Annual statistical returns and brief notes on vaccination in Bengal - 1896-1909
Year: 1896
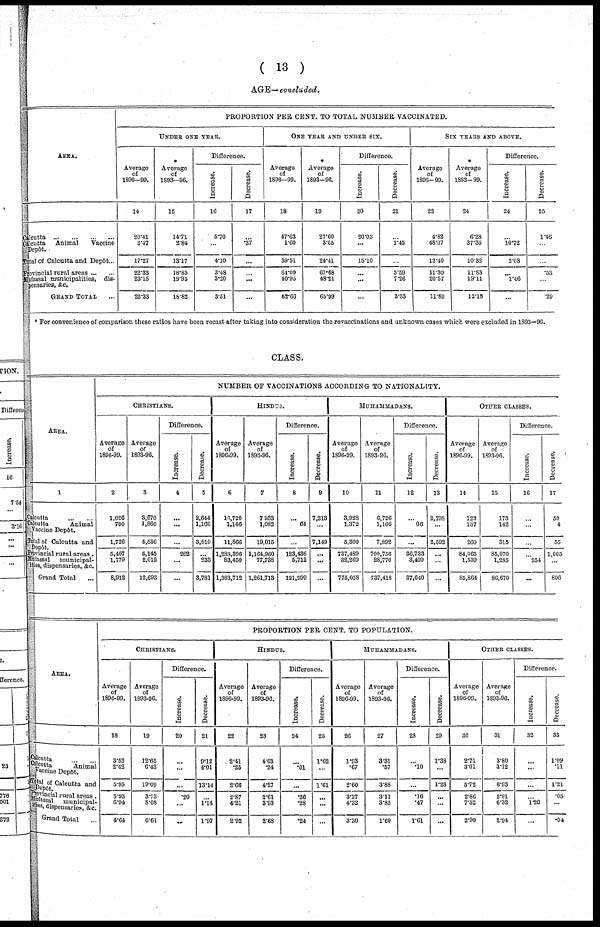
(13 )
AGE—concluded.
AREA.
... ...
Calcutta ... ... ... ... ... ...
Calcutta Animal
Vaccine
Depôt. ... ...
Total of Calcutta and Depôt...
Provincial rural areas
Mufassal municipalities, dis-
pensaries, &c.
GRAND TOTAL...
PROPORTION PER CENT. TO TOTAL NUMBER VACCINATED.
UNDER ONE YEAR.
Average
of
1896-99.
14
20.41
2.47
17.27
22.33
23.15
22.33
Average
of
1893-96.
15
14.71
2.84
13.17
18.85
19.95
18.82
Difference.
Increase.
16
5.70
...
4.10
3.48
3.20
3.51
Decrease.
17
...
.37
...
...
...
...
ONE YEAR AND UNDER SIX.
Average
of
1896-99.
18
47.63
1.60
39.51
64.09
40.95
62.60
Average
of
1893-96.
19
27.60
3.05
24.41
67.68
48.21
65.99
Difference.
Increase.
20
20.03
...
15.10
...
...
...
Decrease.
21
...
1.45
...
3.59
7.26
3.33
SIX YEARS AND ABOVE.
Average
of
1896-99.
22
4.82
48.07
12.40
11.30
20.57
11.89
Average
of
1893-99.
24
6.28
37.35
10.32
11.83
19.11
12.18
Difference.
Increase.
24
...
10.72
2.08
...
1.46
...
Decrease.
25
1.46
...
...
.53
...
.29
* For convenience of comparison these ratios have been recast after taking into consideration the revaccinations and unknown cases which were excluded in 1893—96.
CLASS.
AREA.
1
lcutta...
...
...
lcutta
Animal
Vaccine Depôt.
tal of Calcutta and
Depôt... ...
pvincial rural areas.
fassal
municipal-
ies, dispensaries, &c.
Grand Total
NUMBER OF VACCINATIONS ACCORDING TO NATIONALITY.
CHRISTIANS.
Average
of
1896-99.
2
1,026
700
1,726
5,407
1,779
8,912
Average
of
1893-96.
3
3,670
1,866
5,536
5,145
2,012
12,693
Difference.
Increase.
4
...
...
...
262
...
...
Decrease.
5
2,644
1,166
3,810
...
233
3,781
HINDUS.
Average
of
1896-99.
6
10,720
1,146
11,866
1,288,396
83,450
1,383,712
Average
of
1893-96.
7
7,933
1,082
19,015
1,164,960
77,738
1,261,713
Difference.
Increase.
8
...
64
...
123,436
5,712
121,999
Decrease.
9
7,213
...
7,149
...
...
...
MUHAMMADANS.
Average
of
1896-99.
10
3,928
1,372
5,300
737,489
32,269
775,058
Average
of
1893-96.
11
6,726
1,166
7,892
700,756
28,770
737,418
Difference.
Increase.
12
...
06
...
36,733
3,499
37,640
Decrease.
13
2,798
...
2,592
...
...
...
OTHER CLASSES.
Average
of
1896-99.
14
123
137
260
84,065
1,539
85,864
Average
of
1893-96.
15
173
142
315
85,070
1,235
86,670
Difference.
Increase.
16
...
...
...
...
254
...
Decrease.
17
50
4
55
1,005
...
806
AREA.
cutta1... ...
cutta
Animal
vaccine Depôt.
dtal Calcutta and
Depôt... ...
rovincial rural areas.
uffsal municipal-
ties,dispensaries, &c.
Grand Total... ...
PROPORTION PER CENT. TO POPULATION.
CHRISTIANS.
Average
of
1896-99.
18
3.53
2.42
5.95
3.93
6.94
4.64
Average
of
1893-96.
19
12.65
6.43
19.09
3.73
8.08
6.61
Difference.
Increase.
20
...
...
...
.20
...
...
Decrease.
21
9.12
4.01
13.14
...
1.14
1.97
HINDUS.
Average
of
1896-99.
22
2.41
.25
2.66
2.87
4.21
2.92
Average
of
1893-96.
23
4.03
.24
4.27
2.61
3.93
2.68
Difference.
Increase.
24
...
.01
...
.26
.28
.24
Decrease.
25
1.62
...
1.61
...
...
...
MUHAMMADANS.
Average
of
1896-99.
26
1.93
.67
2.60
3.27
4.32
3.30
Average
of
1893-96.
27
3.31
.57
3.88
3.11
3.85
1.69
Difference.
Increase,
28
...
.10
...
.16
.47
1.61
Decrease.
29
1.33
...
1.28
...
...
...
OTHER CLASSES.
Average
of
1896-99.
30
2.71
3.01
5.72
2.86
7.52
2.90
Average
of
1893-96.
31
3.80
3.12
6.93
2.91
6.32
2.94
Difference.
Increase.
32
...
...
...
...
1.20
...
Decrease.
33
1.09
.11
1.21
.05
...
.04